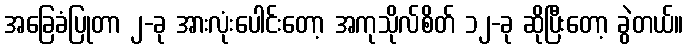
အခြေခံပြုတာ ၂-ခု အားလုံးပေါင်းတော့ အကုသိုလ်စိတ် ၁၂-ခု ဆိုပြီးတော့ ခွဲတယ်။